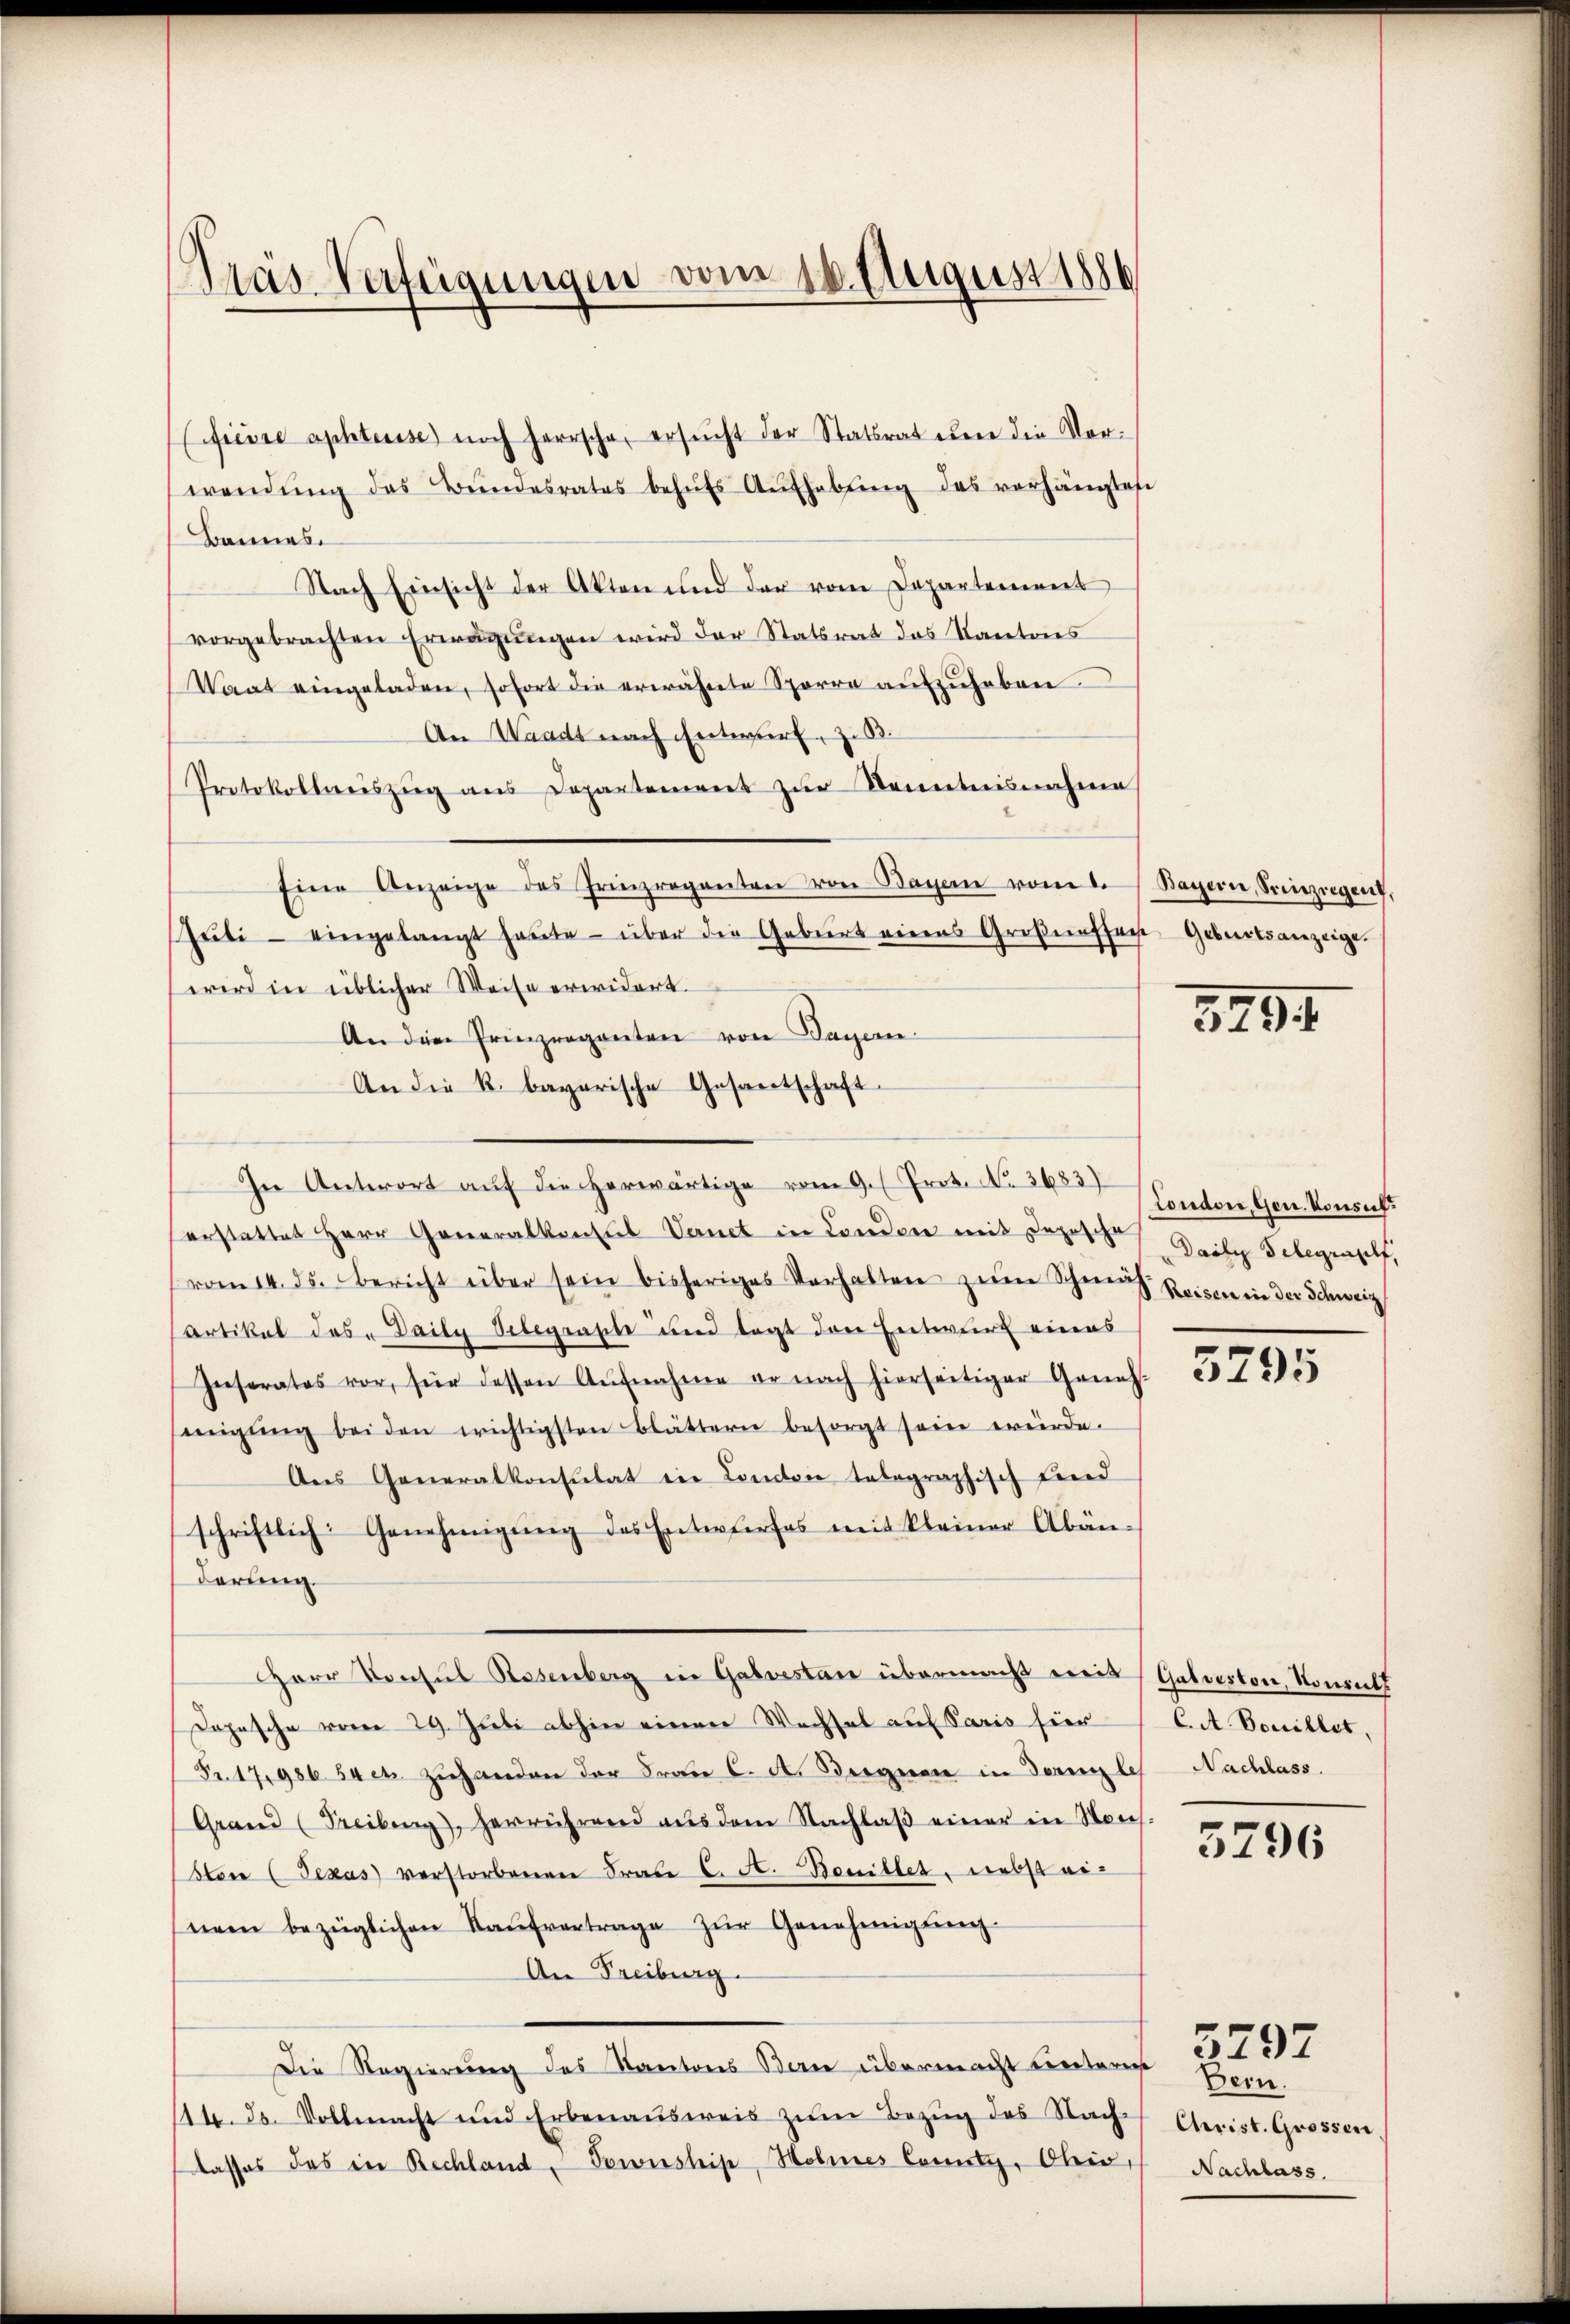
Pras Verfügungen vom 10. August 1886

(freise aphteise noch herrsche, ersucht der Statsrat den die Vorwendŭng des Bŭndesrates behŭfs Aŭfhebŭng des verhängtes
Bannes.
Nach Einsicht der Akten und der vom Departement
vorgebrachten Erwägungen wird der Statsrat das Kantons
Waat eingeladen, sofort die erwähnte Sporre aŭfzŭheben
An Waadt nach Entwurf z. B.
Protokollszŭg ans Departement zŭr Kenntnisnahme
Eine Anzeige des Prinzreganten von Bagen vom Bayern, Sainziegen,
Gŭti- eingelangt haŭte - über die Gebiert eines Groβenffach Geburtsanzeige.
wird in üblicher Weise erwidert.
An die Prinzreganten von Payern
An die k. bayerische Gesantschaft
In Antwort auf die herwärtige vom 9. Prot. No. 3683)
erstattet Herr Generalkonsul Venet in London mit dopische Zeite Telegraptt,
vom 14. ds. Bericht über sein bisheriges Verhalten zŭm Schen Reisen ein der Schweiz
Artikel das „Daily Belegraste und legt den Entwurf eines
Inserates vor, für dessen Aŭfnahme er nach hierseitiger Geneh
sinigŭng bei den wichtigsten Blättern besorgt sein würde.
Ans Generalkonsulat in Comtoi telegraphisch find
schriftlich: Genehmigŭng des Entwurfes mit kleiner Abän-
derung.
Herr Konsul Rosenberg in Galvestan übermacht mit Galveston, Konsult
Dopesche vom 29. Juli abhin einen Wechsel auf Paris hier
Fr. 17986. 54 c. zŭhanden der Frau C. A. Siegen in Dorngles Nachlass.
Grand (Freibung, herrührend aŭs dem Nachlaβ einer in Mons.
sten (Texas verstorbenen Frau C. A. Bonillet, Liebst einem bezüglichen Kaŭfvertrage zŭr Genehmigŭngs-
An Freiburg.
Die Regierung des Kantons Bern übermacht unterer Bern.
114. ds. Vollmacht und Erbenausweis zum Bezug des Nach-
dasses das in Rechland Gewissheise, Hohnes Conti, Ober Nachlass.

379

tondon, Gen. Konsul¬

3795

C. A. Bouillet,

3796

Christ. Grossen,

5297